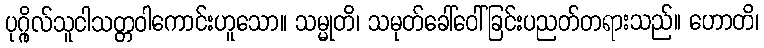
ပုဂ္ဂိုလ်သူငါသတ္တဝါကောင်းဟူသော။ သမ္မုတိ၊ သမုတ်ခေါ်ဝေါ်ခြင်းပညတ်တရားသည်။ ဟောတိ၊